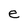
Character: e